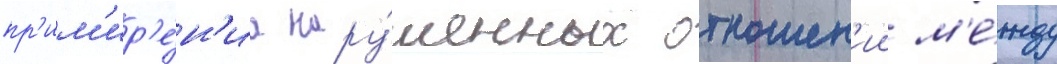
пр'им'ир'е́н'иа нару́шенных отношен'ии м'е́жду